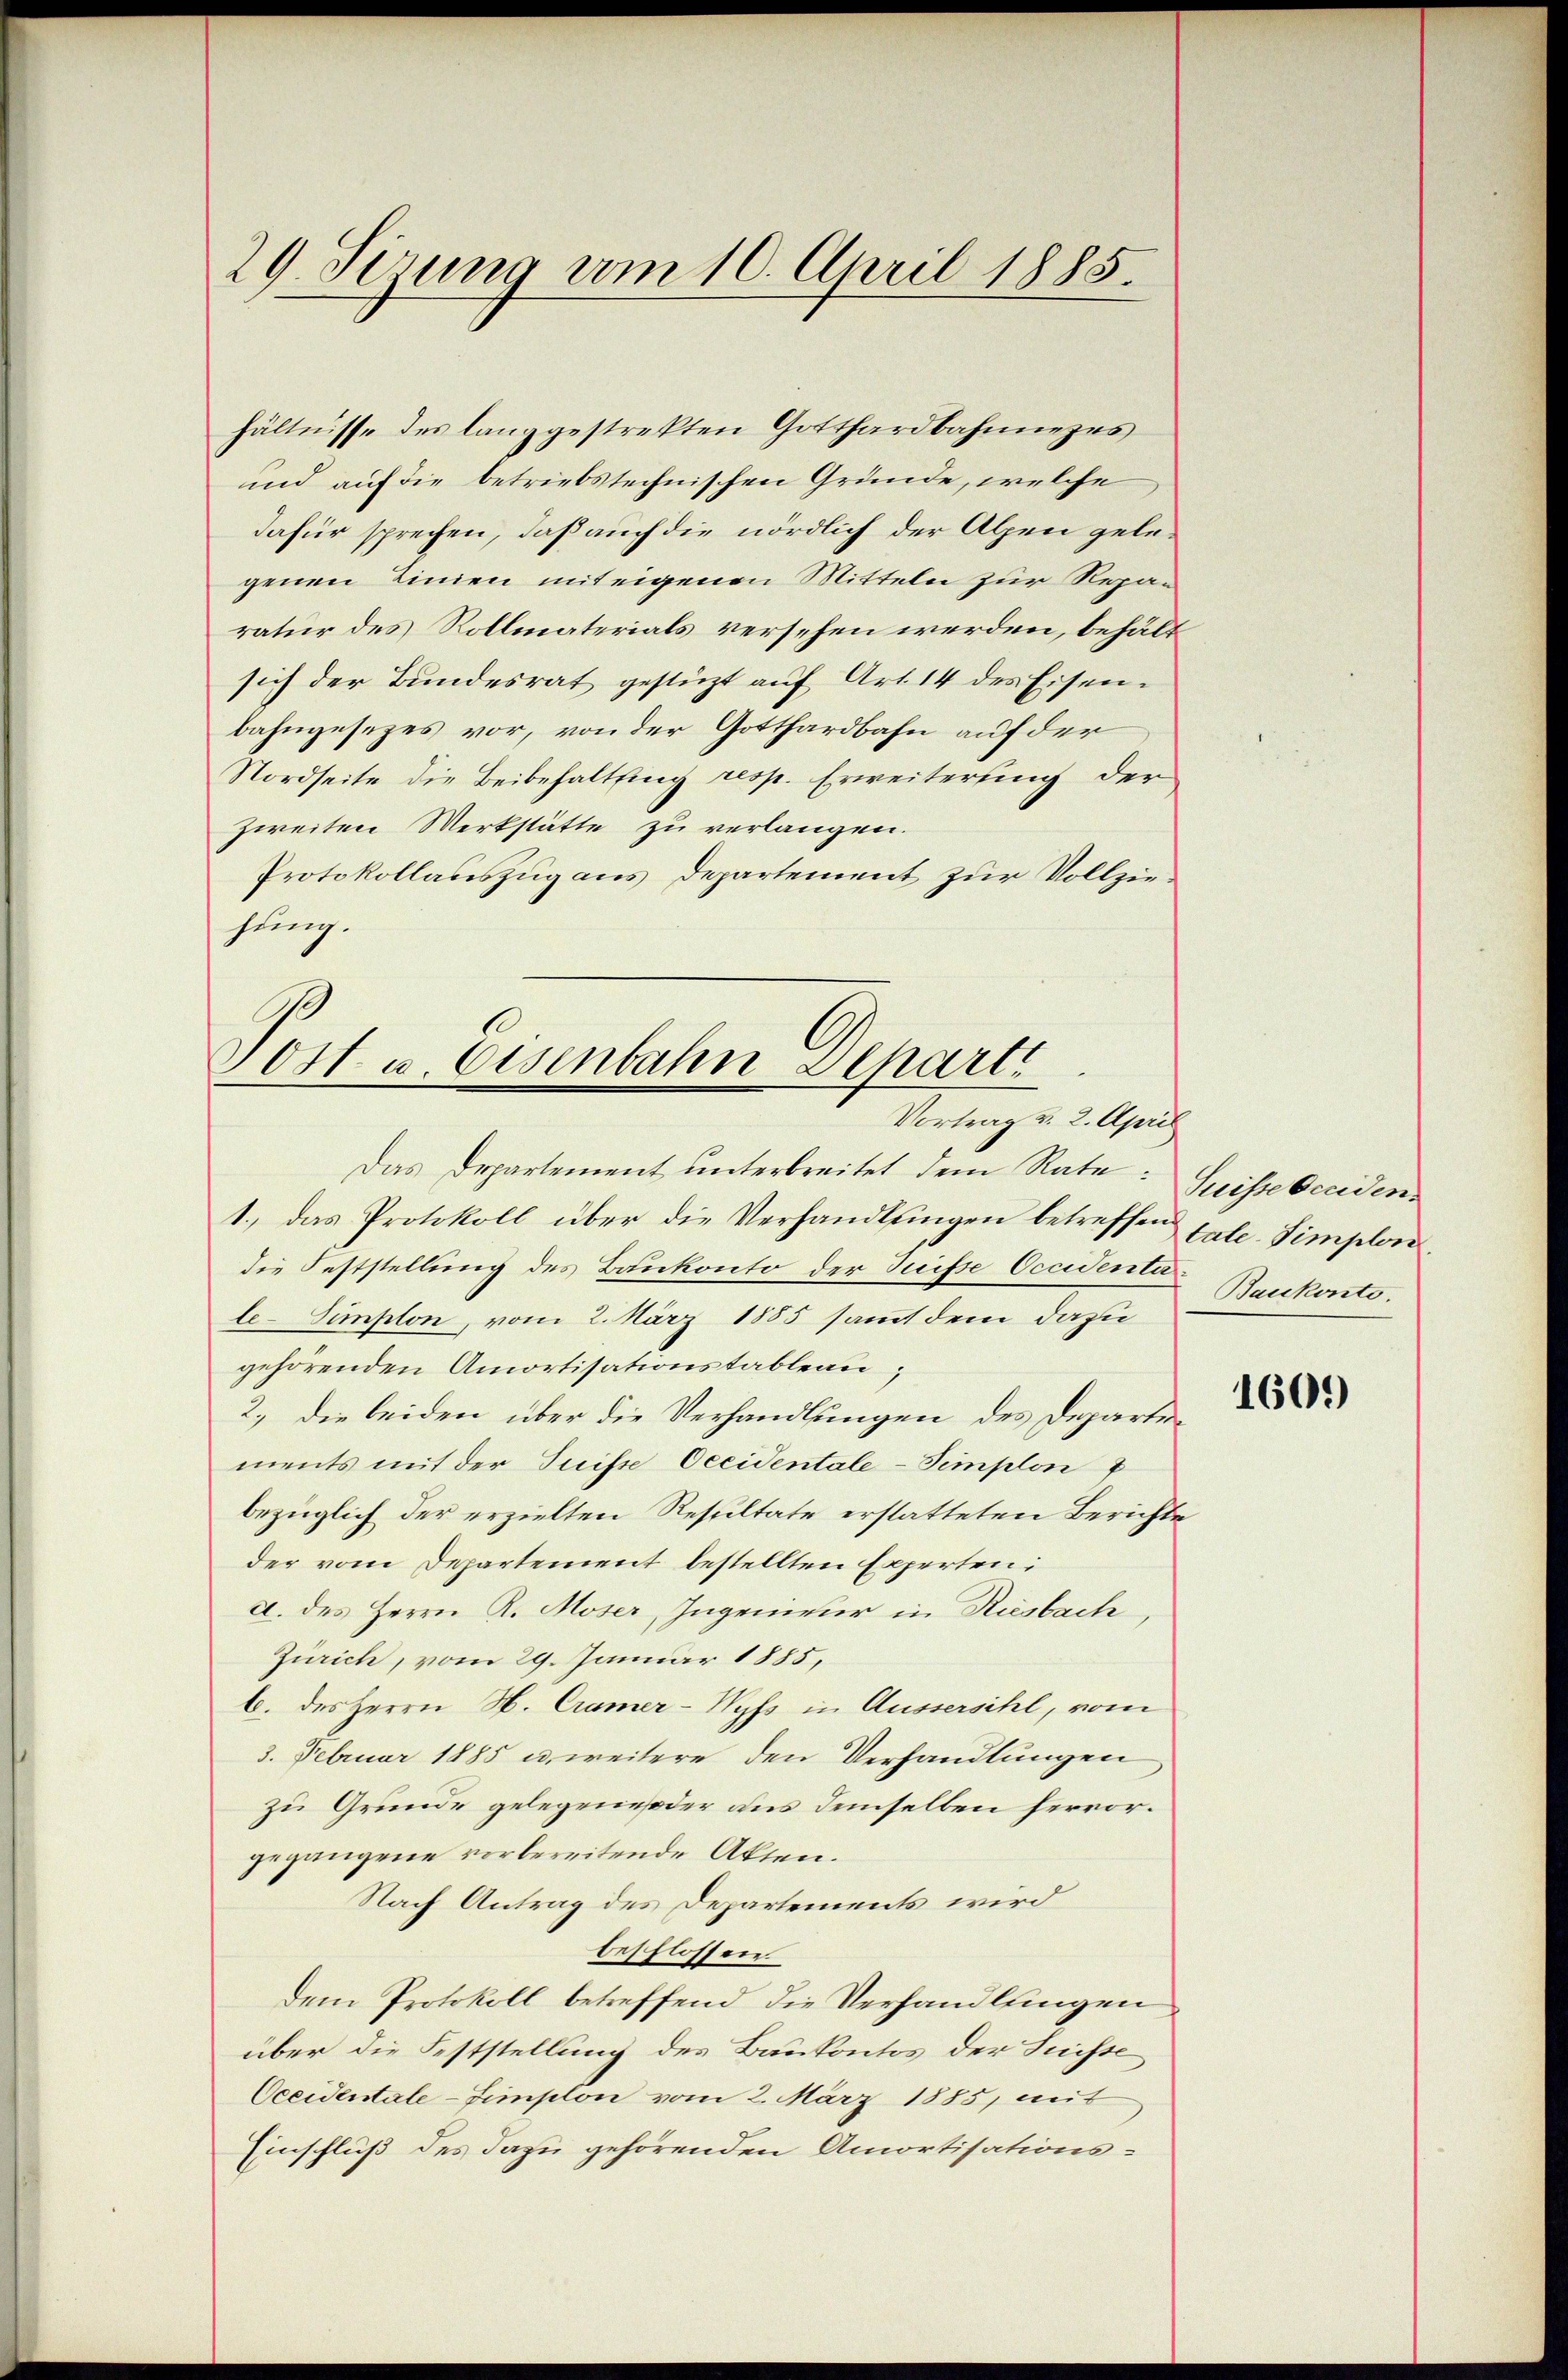
29 Sirung vom 10. April 1885

hältnisse des lang gestrekten Gotthardbahnnezes
und auf die betriebstechnischen Gründe, welche
dafür sprechen, daß auch die nördlich der Alpen gelegenen Linien mit eigenen Mitteln zur Reparatur des Rollmaterials versehen werden, behält
sich der Bundesrat gestüzt auf Art 14 des Eisenbahngesezes vor, von der Gotthardbahn auf der
Nordseite die Beibehaltung resp. Erweiterung der
zweiten Werkstätte zu verlangen.
Protokollauszug aus Departement zur Vollziehung.

Tott u. Eisenbahn Separti
Vortrag u. 2. April

Das Departement unterbreitet dem Rate: Speisse beeiden¬
1.) das Protokoll über die Verhandlungen betreffend
die Feststellung des Baukonto der Suisse Occidentale-Simplon, vom 2. März 1885 sammt dem dazu
gehörenden Amortisationstableau;
2.) die beiden über die Verhandlungen des Departements mit der Tuisse Occidentale - Simplon
bezüglich der erzielten Resultate erstatteten Berichte
der vom Departement bestellten Experten:
a. des Herrn R. Moser, Ingenwur in Riesbach,
Zürich, vom 29. Januar 1885,
b. des Herrn H. Cramer-Wyfs in Aussersihl, vom
3. Februar 1885 u. weitere den Verhandlungen
zu Grunde gelegenes oder aus demselben hervorgegangene vorbereitende Akten.
Nach Antrag des Departements wird
beschlossen
dem Protokoll betreffend die Verhandlungen
über die Feststellung des Baukontos der Suisse
Oceidentale-Zimplon vom 2. März 1885, mit
Einschluß des dazu gehörenden Amortisations¬

tale-Simplon
Baukonto.

1609